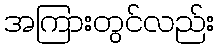
အကြားတွင်လည်း